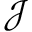
\mathcal { J }